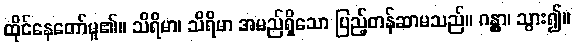
ထိုင်နေတော်မူ၏။ သိရိမာ၊ သိရိမာ အမည်ရှိသော ပြည့်တန်ဆာမသည်။ ဂန္တွာ၊ သွား၍။